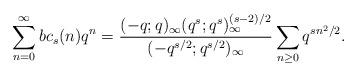
LaTeX: \begin{align*}\sum_{n=0}^{\infty}bc_{s}(n)q^n=\frac{(-q;q)_\infty(q^{s};q^{s})^{(s-2)/2}_\infty}{(-q^{s/2};q^{s/2})_\infty}\sum_{n\geq 0} q^{sn^2/2}.\end{align*}